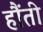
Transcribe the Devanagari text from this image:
हौंती